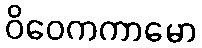
ဝိဝေကကာမော